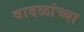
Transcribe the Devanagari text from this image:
वादळांच्या